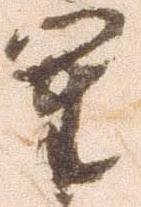
軍